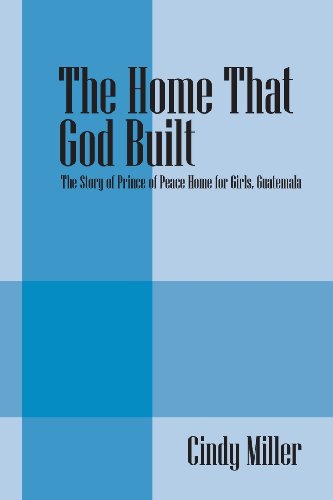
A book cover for The Home That God Built: The Story of Prince of Peace Home for Girls, Guatemala; Cindy Miller; Travel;